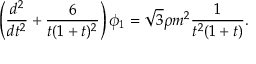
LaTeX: \left( \frac { d ^ { 2 } } { d t ^ { 2 } } + \frac { 6 } { t ( 1 + t ) ^ { 2 } } \right) \phi _ { 1 } = \sqrt { 3 } \rho m ^ { 2 } \frac { 1 } { t ^ { 2 } ( 1 + t ) } .